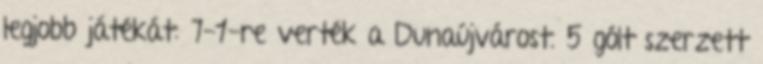
legjobb játékát: 7-1-re verték a Dunaújvárost. 5 gólt szerzett